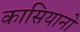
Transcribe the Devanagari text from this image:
कासियानो